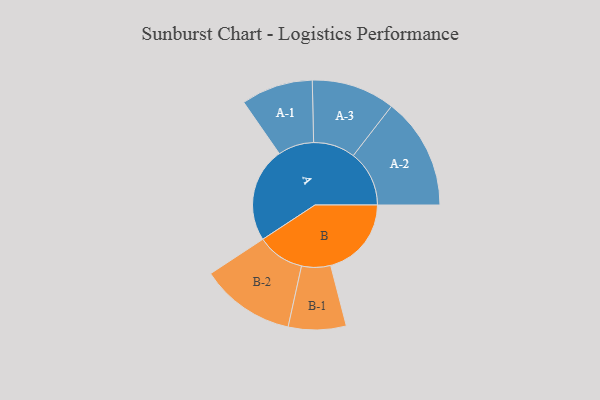
{"axis": {"x": "Segment", "y": "Value"}, "legend": ["", "A", "B"], "data": [{"x": "A", "y": 420, "type": ""}, {"x": "B", "y": 358, "type": ""}, {"x": "A-1", "y": 159, "type": "A"}, {"x": "A-2", "y": 248, "type": "A"}, {"x": "A-3", "y": 185, "type": "A"}, {"x": "B-1", "y": 128, "type": "B"}, {"x": "B-2", "y": 210, "type": "B"}]}